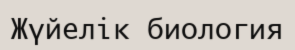
Жүйелік биология